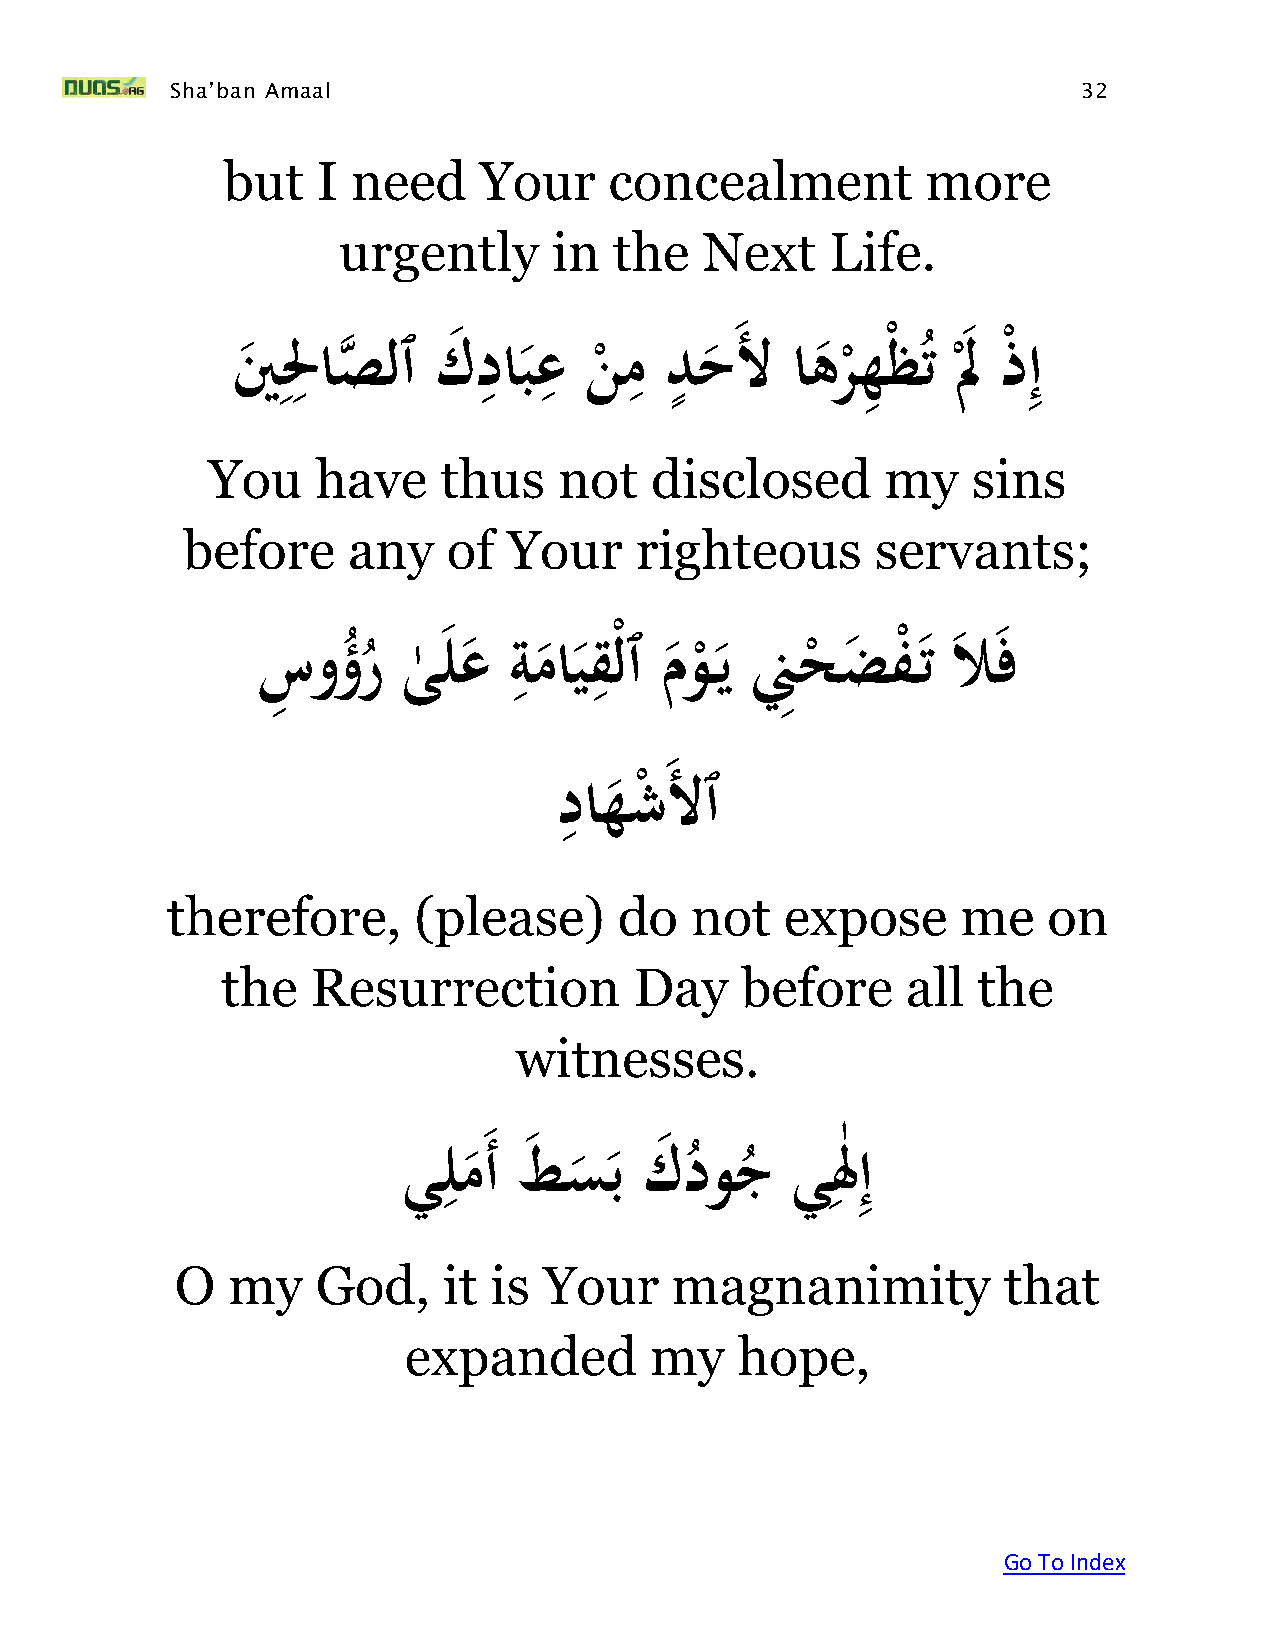
Sha’ban Amaal                                                32
 but   I need     Your    concealment          more
 urgently       in  the   Next    Life.
 ِِ            ِ   ِ     ِ ٍ
 ِ          ِ
 ينَ لْاصه  لٱَك دابعَنمَدح        َلَاهرهْظتَلَ   َذْ إ
 ْ                ْ
 ُ
 ْ
 You    have    thus    not   disclosed       my   sins
 before     any    of  Your    righteous       servants;
 ِ    ِ
 َسِ وؤ ُر
 ُ
 َى
 ٰ
 لع َةم  ا يقْلٱَم و
 ْ
 يَنِِح
 ْ
 ض  فْ تَ لا ف
 ِ
 َداهش  َلٱ
 ْ
 therefore,      (please)      do   not   expose      me   on
 the   Resurrection         Day    before     all  the
 witnesses.
 ِ                         ِٰ
 ِ
 يلم  َأَط سبَك    دوجَيلَإ
 ُ   ُ
 O  my    God,    it is  Your    magnanimity           that
 expanded        my    hope,
 Go To Index